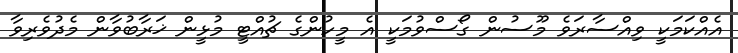
އެއްކަމަކީ ވިއްސާރަވެ މޫސުން ގޯސްވުމަކީ އެ މީހުންގެ ޗުއްޓީ މުޅީން ޚަރާބުވާން މެދުވެރިވާ